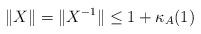
LaTeX: \begin{align*}\|X\| =\|X^{-1}\|\leq 1+\kappa_A(1)\end{align*}